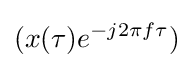
(x(\tau )e^{-j2\pi f\tau })